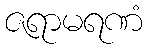
ဇရာမရဏံ